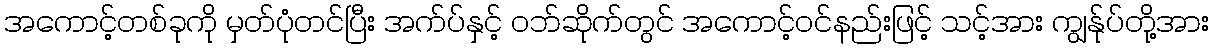
အကောင့်တစ်ခုကို မှတ်ပုံတင်ပြီး အက်ပ်နှင့် ဝဘ်ဆိုက်တွင် အကောင့်ဝင်နည်းဖြင့် သင့်အား ကျွန်ုပ်တို့အား